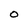
Character: O